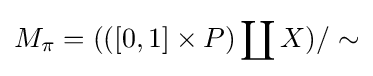
M_{\pi }=(([0,1]\times P)\coprod X)/\sim